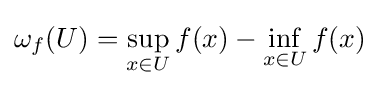
\omega _{f}(U)=\sup _{x\in U}f(x)-\inf _{x\in U}f(x)